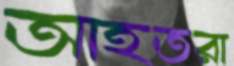
আহতরা